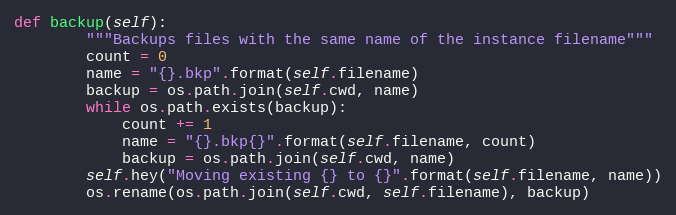
Language: Python
def backup(self):
        """Backups files with the same name of the instance filename"""
        count = 0
        name = "{}.bkp".format(self.filename)
        backup = os.path.join(self.cwd, name)
        while os.path.exists(backup):
            count += 1
            name = "{}.bkp{}".format(self.filename, count)
            backup = os.path.join(self.cwd, name)
        self.hey("Moving existing {} to {}".format(self.filename, name))
        os.rename(os.path.join(self.cwd, self.filename), backup)